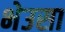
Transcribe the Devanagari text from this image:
भेउसा